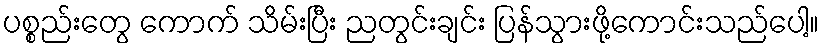
ပစ္စည်းတွေ ကောက် သိမ်းပြီး ညတွင်းချင်း ပြန်သွားဖို့ကောင်းသည်ပေါ့။